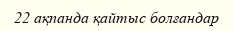
22 ақпанда қайтыс болғандар